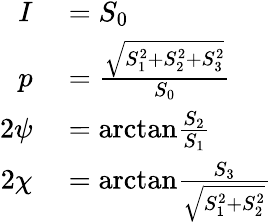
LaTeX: \begin{array}{rl}{I}&{{}=S_{0}}\\ {p}&{{}={\frac{\sqrt{S_{1}^{2}+S_{2}^{2}+S_{3}^{2}}}{S_{0}}}}\\ {2\psi}&{{}=\mathrm{arctan}{\frac{S_{2}}{S_{1}}}}\\ {2\chi}&{{}=\mathrm{arctan}{\frac{S_{3}}{\sqrt{S_{1}^{2}+S_{2}^{2}}}}}\end{array}